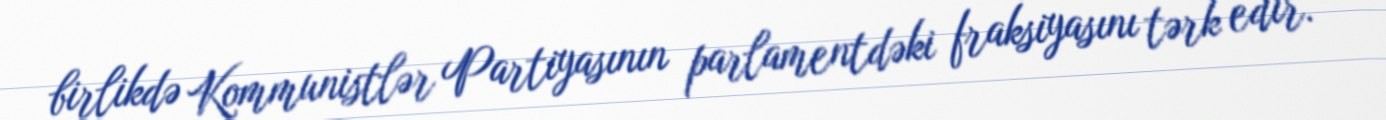
birlikdə Kommunistlər Partiyasının parlamentdəki fraksiyasını tərk edir.